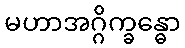
မဟာအဂ္ဂိက္ခန္ဓော